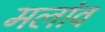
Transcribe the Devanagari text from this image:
मलांव